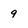
Character: 9